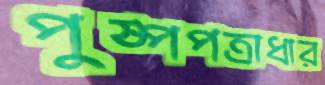
পুষ্পপত্রাধার